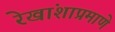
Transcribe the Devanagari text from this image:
रेखांशाप्रमाणे